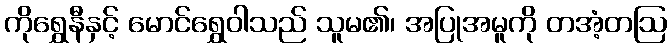
ကိုရွှေနီနှင့် မောင်ရွှေဝါသည် သူမ၏၊ အပြုအမူကို တအံ့တဩ